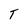
Character: T